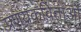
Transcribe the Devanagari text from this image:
प्रणयकविताओं